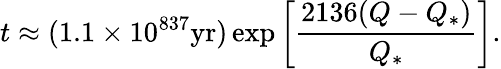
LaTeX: t\approx(1.1\times 10^{837}\mathrm{yr})\exp{\left[{\frac{2136(Q-Q_{*})}{Q_{*}}}\right]}.